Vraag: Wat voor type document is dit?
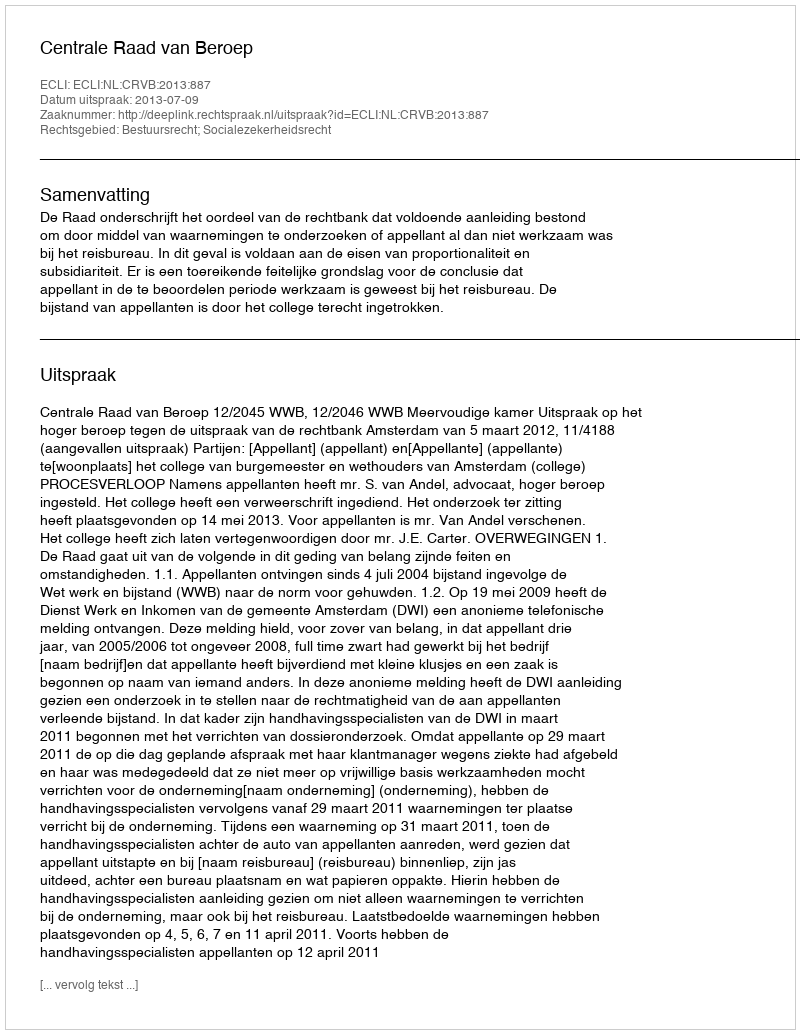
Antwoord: Uitspraak